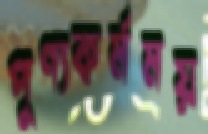
পুণ্যকর্মময়